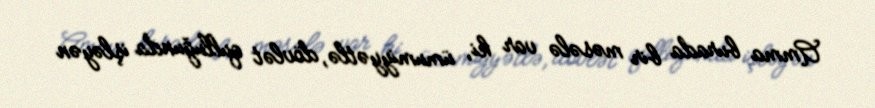
Amma burada bir məsələ var ki, ümumiyyətlə, dövlət qulluğunda işləyən